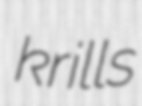
krills